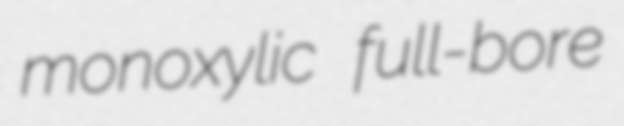
monoxylic full-bore